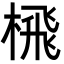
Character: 榌